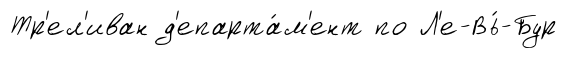
Тр'ел'иван д'епарта́м'ент по Л'е-Вь́-Бур